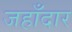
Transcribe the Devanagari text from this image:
जहाँदार